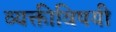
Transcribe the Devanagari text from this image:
व्यक्तीविषयी